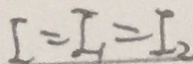
I = I _ { 1 } = I _ { 2 }